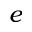
e